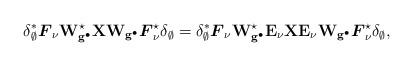
LaTeX: \begin{align*}\delta_\emptyset^\ast \boldsymbol{F}_\nu\mathbf{W}_{\mathbf{g}^\bullet}^\star\mathbf{X}\mathbf{W}_{\mathbf{g}^\bullet}\boldsymbol{F}_\nu^\star \delta_\emptyset=\delta_\emptyset^\ast \boldsymbol{F}_\nu\mathbf{W}_{\mathbf{g}^\bullet}^\star\mathbf{E}_\nu\mathbf{X} \mathbf{E}_\nu\mathbf{W}_{\mathbf{g}^\bullet}\boldsymbol{F}_\nu^\star \delta_\emptyset,\end{align*}